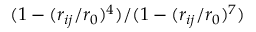
( 1 - ( r _ { i j } / r _ { 0 } ) ^ { 4 } ) / ( 1 - ( r _ { i j } / r _ { 0 } ) ^ { 7 } )